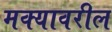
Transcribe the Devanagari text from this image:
मक्यावरील